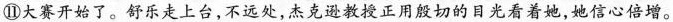
⑩大赛开始了。舒乐走上台，不远处，杰克逊教授正用殷切的日光看着她，她信心倍增。